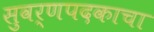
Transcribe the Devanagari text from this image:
सुवर्णपदकाचा